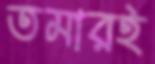
তমারই